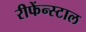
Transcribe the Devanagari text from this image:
रीफेंन्स्टाल